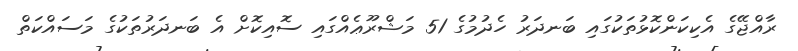
ރާއްޖޭގެ އެކިކަންކޮޅުތަކުގައި ބަނދަރު ހެދުމުގެ 51 މަޝްރޫޢެއްގައި ސޮއިކޮށް އެ ބަނދަރުތަކުގެ މަސައްކަތް